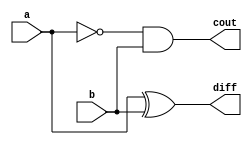
module half_subtractor_rtl
( output reg cout,diff,
  input  a,b);
  
	always@*
	begin
   diff=a^b;
	cout=(~a)&b;
	end
  
  endmodule